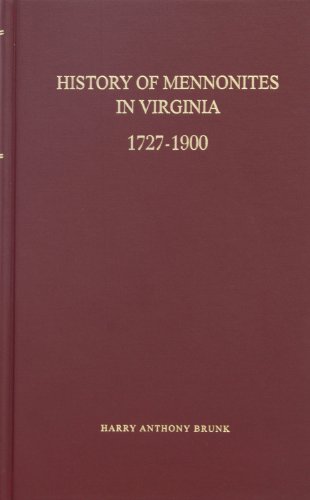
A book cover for History of Mennonites in Virginia; Harry Anthony Brunk; Christian Books & Bibles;